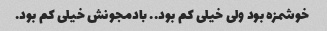
خوشمزه بود ولی خیلی کم بود.. بادمجونش خیلی کم بود.